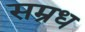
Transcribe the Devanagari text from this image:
सम्रध